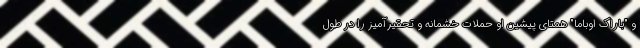
و "باراک اوباما" همتای پیشین او حملات خشمانه و تحقیرآمیز را در طول